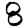
Digit: 8